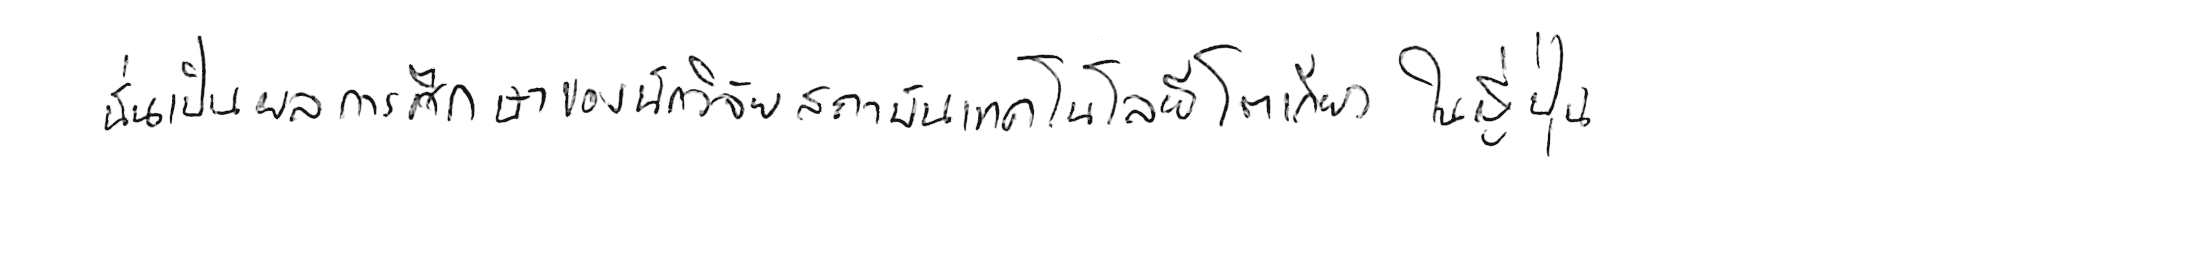
นั่นเป็นผลการศึกษาของนักวิจัยสถาบันเทคโนโลยีโตเกียว ในญี่ปุ่น